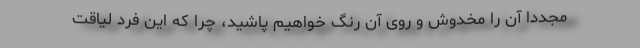
مجددا آن را مخدوش و روی آن رنگ خواهیم پاشید، چرا که این فرد لیاقت